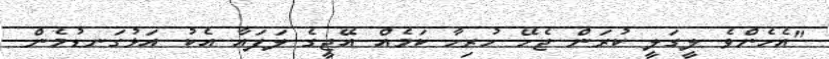
"އެހެންވެ ލީގަލީ ކުރަން ޖެހޭ ހުރިހާ ކަމެއް އޭޖީގެ ލަފައާ އެކު އަޅުގަނޑުމެން